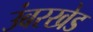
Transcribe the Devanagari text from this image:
उंबरखेड